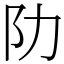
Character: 阞